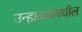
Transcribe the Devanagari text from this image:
उन्हाळ्यांमधील